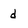
Character: d